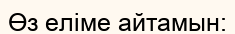
Өз еліме айтамын: